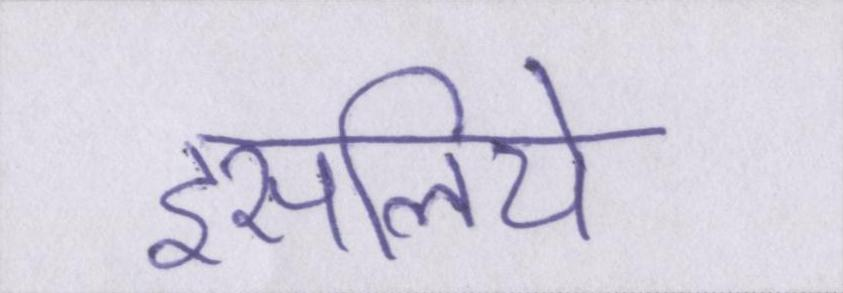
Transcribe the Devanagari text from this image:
इसलिये